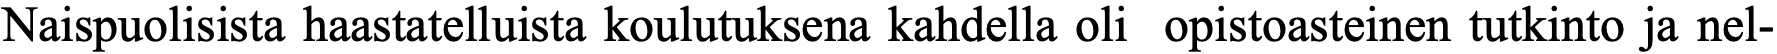
Naispuolisista haastatelluista koulutuksena kahdella oli opistoasteinen tutkinto ja nel-